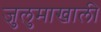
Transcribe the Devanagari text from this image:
जुलुमाखाली